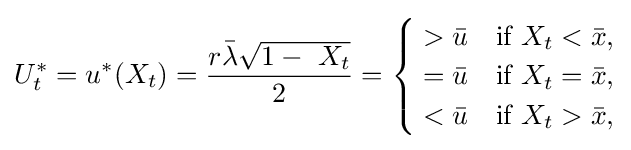
U_{t}^{*}=u^{*}(X_{t})={\frac {r{\bar {\lambda }}{\sqrt {1-\ X_{t}}}}{2}}={\begin{cases}{}>{\bar {u}}&{\text{if }}X_{t}<{\bar {x}},\\{}={\bar {u}}&{\text{if }}X_{t}={\bar {x}},\\{}<{\bar {u}}&{\text{if }}X_{t}>{\bar {x}},\end{cases}}